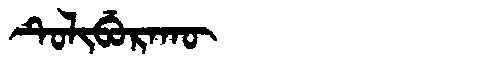
Manchu: ᡨᡠᠯᡳᠪᡠᡵᠠᡴᡡ
Romanization: TULIBURAKŪ